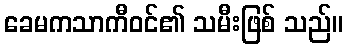
ခေမကသာကီဝင်၏ သမီးဖြစ် သည်။